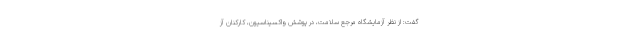
گفت: از نظر آزمایشگاه مرجع سلامت، در پوشش واکسیناسیون، کارکنان آز